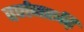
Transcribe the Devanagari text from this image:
वर्णनरूढ़ि